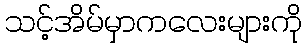
သင့်အိမ်မှာကလေးများကို